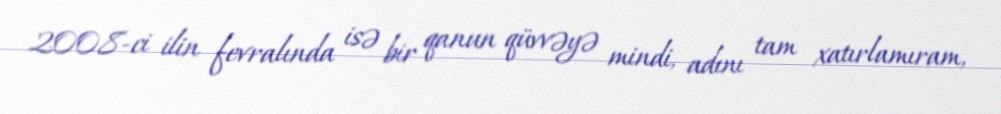
2008-ci ilin fevralında isə bir qanun qüvvəyə mindi, adını tam xatırlamıram,